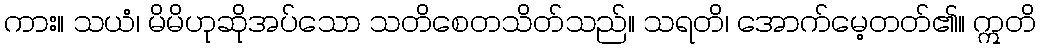
ကား။ သယံ၊ မိမိဟုဆိုအပ်သော သတိစေတသိတ်သည်။ သရတိ၊ အောက်မေ့တတ်၏။ ဣတိ